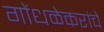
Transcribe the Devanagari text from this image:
गोंधळेकरांचे